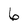
Character: 6